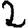
Digit: 2